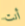
أنت